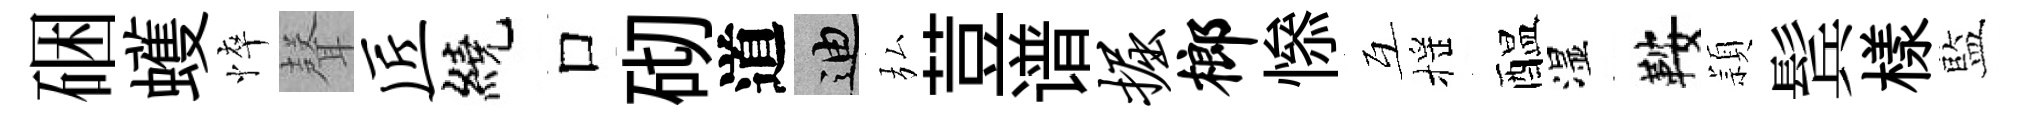
硱蠖悴𮋻匠繞口砌道迪弘荳谱掘榔𢡖互摇醖湿鞍頴鬂樣藍